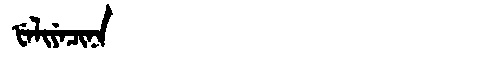
Manchu: ᡶᡝᠯᡳᠶᡝᠴᡳᠨᠠ
Romanization: FELIYECINA